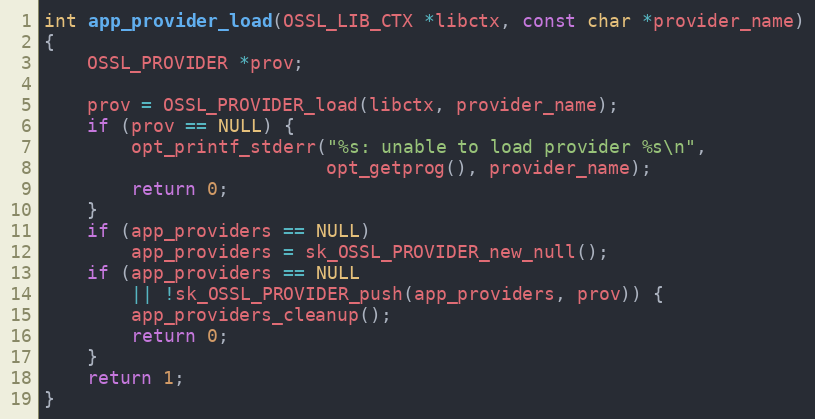
Language: C
int app_provider_load(OSSL_LIB_CTX *libctx, const char *provider_name)
{
    OSSL_PROVIDER *prov;

    prov = OSSL_PROVIDER_load(libctx, provider_name);
    if (prov == NULL) {
        opt_printf_stderr("%s: unable to load provider %s\n",
                          opt_getprog(), provider_name);
        return 0;
    }
    if (app_providers == NULL)
        app_providers = sk_OSSL_PROVIDER_new_null();
    if (app_providers == NULL
        || !sk_OSSL_PROVIDER_push(app_providers, prov)) {
        app_providers_cleanup();
        return 0;
    }
    return 1;
}